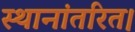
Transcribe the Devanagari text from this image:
स्थानांतरित।